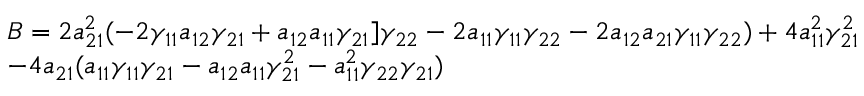
\begin{array} { l } { B = 2 a _ { 2 1 } ^ { 2 } ( - 2 \gamma _ { 1 1 } a _ { 1 2 } \gamma _ { 2 1 } + a _ { 1 2 } a _ { 1 1 } \gamma _ { 2 1 } ] \gamma _ { 2 2 } - 2 a _ { 1 1 } \gamma _ { 1 1 } \gamma _ { 2 2 } - 2 a _ { 1 2 } a _ { 2 1 } \gamma _ { 1 1 } \gamma _ { 2 2 } ) + 4 a _ { 1 1 } ^ { 2 } \gamma _ { 2 1 } ^ { 2 } } \\ { - 4 a _ { 2 1 } ( a _ { 1 1 } \gamma _ { 1 1 } \gamma _ { 2 1 } - a _ { 1 2 } a _ { 1 1 } \gamma _ { 2 1 } ^ { 2 } - a _ { 1 1 } ^ { 2 } \gamma _ { 2 2 } \gamma _ { 2 1 } ) } \end{array}